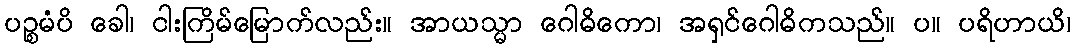
ပဉ္စမံပိ ခေါ၊ ငါးကြိမ်မြောက်လည်း။ အာယသ္မာ ဂေါဓိကော၊ အရှင်ဂေါဓိကသည်။ ပ။ ပရိဟာယိ၊